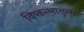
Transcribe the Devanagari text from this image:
विष्कल्भातुल्य